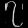
Digit: ၇